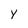
Character: y